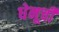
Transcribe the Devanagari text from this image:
धेनूची